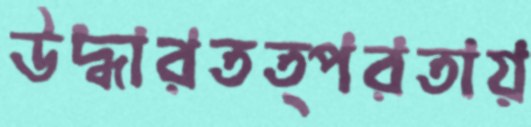
উদ্ধারতত্পরতায়